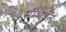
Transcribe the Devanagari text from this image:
संम्भवतः